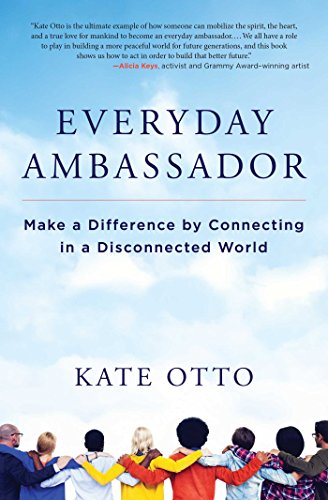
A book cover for Everyday Ambassador: Make a Difference by Connecting in a Disconnected World; Kate Otto; Self-Help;